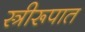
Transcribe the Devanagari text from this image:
स्त्रीरूपात